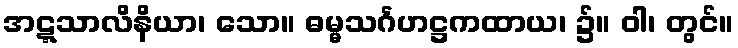
အဋ္ဋသာလိနိယာ၊ သော။ ဓမ္မသင်္ဂဟဋ္ဌကထာယ၊ ၌။ ဝါ၊ တွင်။